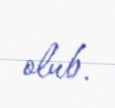
olub.